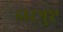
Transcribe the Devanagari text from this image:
झरत्रुष्ट्र